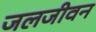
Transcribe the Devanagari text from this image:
जलजीवन